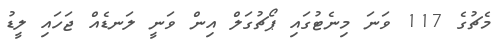
މެޗުގެ 117 ވަނަ މިނެޓުގައި ޕޯޗުގަލް އިން ވަނީ ލަނޑެއް ޖަހައި ލީޑު